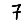
Digit: 7